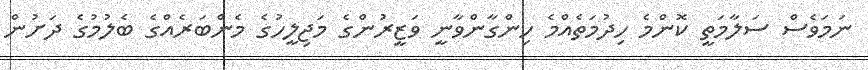
ނަމަވެސް ސަލާމަތީ ކޮންމެ ހިދުމަތެއްމެ ހިންގާންވާނީ ވަޒީރުންގެ މަޖިލީހުގެ މެންބަރެއްގެ ބެލުމުގެ ދަށުން